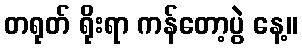
တရုတ် ရိုးရာ ကန်တော့ပွဲ နေ့။